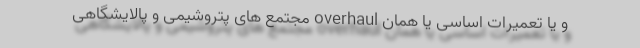
و یا تعمیرات اساسی یا همان overhaul مجتمع های پتروشیمی و پالایشگاهی